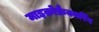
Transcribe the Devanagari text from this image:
माइक्रोफ्रैक्चरिंग